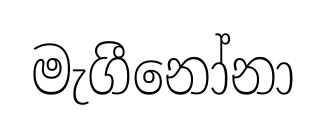
මැගීනෝනා